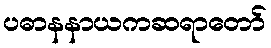
ပဓာနနာယကဆရာတော်